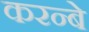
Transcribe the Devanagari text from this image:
करन्बे